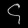
Digit: ၄